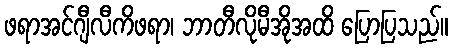
ဖရာအင်ဂျီလီကိဖရာ၊ ဘာတီလိုမီအိုအထိ ပြောပြသည်။